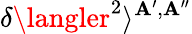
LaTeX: \delta\langler^{2}\rangle^{\mathbf{A}^{\prime},\mathbf{A}^{\prime\prime}}